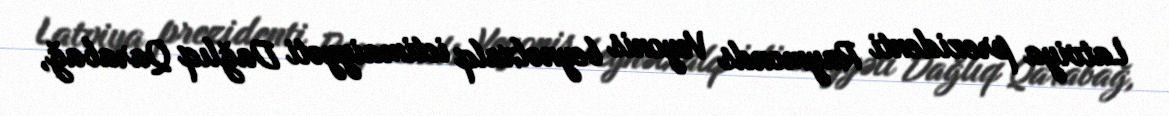
Latviya prezidenti Raymonds Veyonis beynəlxalq ictimaiyyəti Dağlıq Qarabağ,